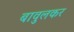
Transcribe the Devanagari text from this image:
बावुलकर